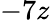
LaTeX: -7z